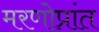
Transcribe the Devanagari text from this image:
मरणोप्रांत